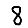
Digit: 8